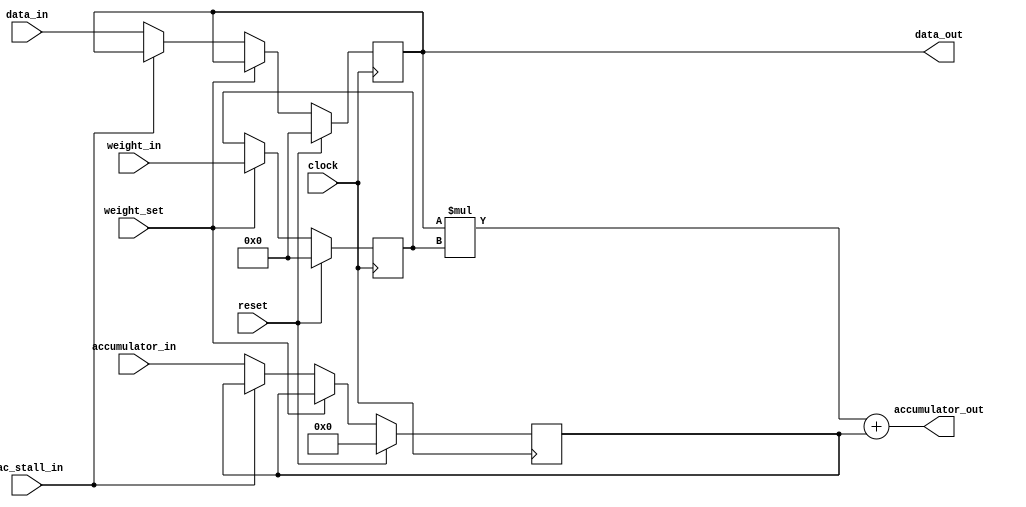
module MultiplyAccumulateCell #(
    parameter DATA_BITS        = 8,
    parameter WEIGHT_BITS      = 8,
    parameter ACCUMULATOR_BITS = 16
) (
    input clock,
    input reset,

    // Data input/output
    input [DATA_BITS-1:0]           data_in,
    input [ACCUMULATOR_BITS-1:0]    accumulator_in,
    input                           mac_stall_in,

    output [DATA_BITS-1:0]          data_out,
    output [ACCUMULATOR_BITS-1:0]   accumulator_out,

    // Weight input
    input  [WEIGHT_BITS-1:0]        weight_in,
    input                           weight_set
);
    reg [DATA_BITS-1:0]         data;
    reg [WEIGHT_BITS-1:0]       weight;
    reg [ACCUMULATOR_BITS-1:0]  accumulator;
    always @(posedge clock) begin
        if (reset) begin
            data        <= {DATA_BITS{1'b0}};
            weight      <= {WEIGHT_BITS{1'b0}};
            accumulator <= {ACCUMULATOR_BITS{1'b0}};
        end else begin
            if (weight_set) begin
                weight <= weight_in;
            end else

            if (!mac_stall_in) begin
                data        <= data_in;
                accumulator <= accumulator_in;
            end
        end
    end

    // Calculate and forward the final value
    assign data_out        = data;
    assign accumulator_out = data * weight + accumulator;

`ifdef COCOTB_SIM
    initial begin
        $vcdpluson;
    end
`endif

endmodule